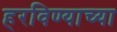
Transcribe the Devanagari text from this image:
हरविण्याच्या